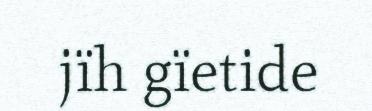
jïh gïetide